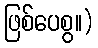
ဖြစ်ပေစွ။)